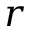
r